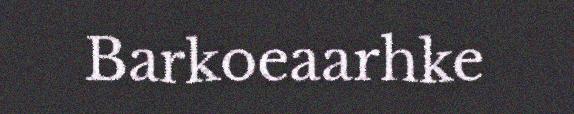
Barkoeaarhke